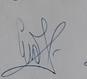
Signature authenticity: genuine